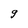
Character: g